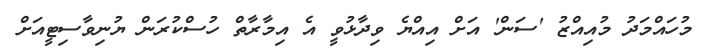
މުހައްމަދު މުއިއްޒު 'ސަން' އަށް އިއްޔެ ވިދާޅުވީ އެ އިމާރާތް ހުސްކުރަން ޔުނިވާސިޓީއަށް